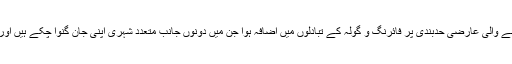
دونوں ملکوں کے درمیان حالیہ مہینوں میں سرحد اور متنازع علاقے کشمیر کو تقسیم کرنے والی عارضی حدبندی پر فائرنگ و گولہ کے تبادلوں میں اضافہ ہوا جن میں دونوں جانب متعدد شہری اپنی جان گنوا چکے ہیں اور یہ واقعات پاکستان اور بھارت کے درمیان کشیدہ تعلقات میں مزید تناؤ کا باعث بنے ہیں۔